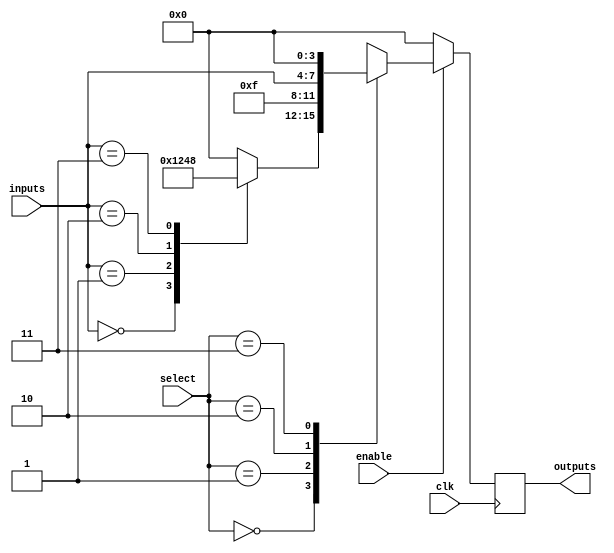
module combinational_logic_block (
    input wire [3:0] inputs,          // 4-bit input lines
    input wire [1:0] select,          // 2-bit select for multiplexer
    input wire enable,                 // Enable signal
    input wire clk,                    // Clock signal for potential clock gating
    output reg [3:0] outputs           // 4-bit output lines
);

// Internal signals
wire [3:0] lut_out;                  // Output from LUT
wire [3:0] mux_out;                  // Output from multiplexer

// Look-Up Table (LUT) implementation
// Example LUT: 4-input LUT that implements a simple function
always @(*) begin
    case (inputs)
        4'b0000: lut_out = 4'b0001; // Example truth table entry
        4'b0001: lut_out = 4'b0010;
        4'b0010: lut_out = 4'b0100;
        4'b0011: lut_out = 4'b1000;
        default: lut_out = 4'b0000;  // Default case
    endcase
end

// Multiplexer to select between LUT output and another input
always @(*) begin
    case (select)
        2'b00: mux_out = lut_out;      // Select LUT output
        2'b01: mux_out = 4'b1111;      // Example fixed input
        2'b10: mux_out = inputs;       // Select direct input
        2'b11: mux_out = 4'b0000;      // Default case
        default: mux_out = 4'b0000;    // Default case
    endcase
end

// Output logic with enable control
always @(posedge clk) begin
    if (enable) begin
        outputs <= mux_out;           // Update outputs if enabled
    end else begin
        outputs <= 4'b0000;           // Reset outputs if not enabled
    end
end

endmodule